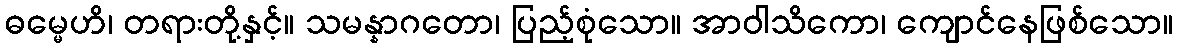
ဓမ္မေဟိ၊ တရားတို့နှင့်။ သမန္နာဂတော၊ ပြည့်စုံသော။ အာဝါသိကော၊ ကျောင်နေဖြစ်သော။